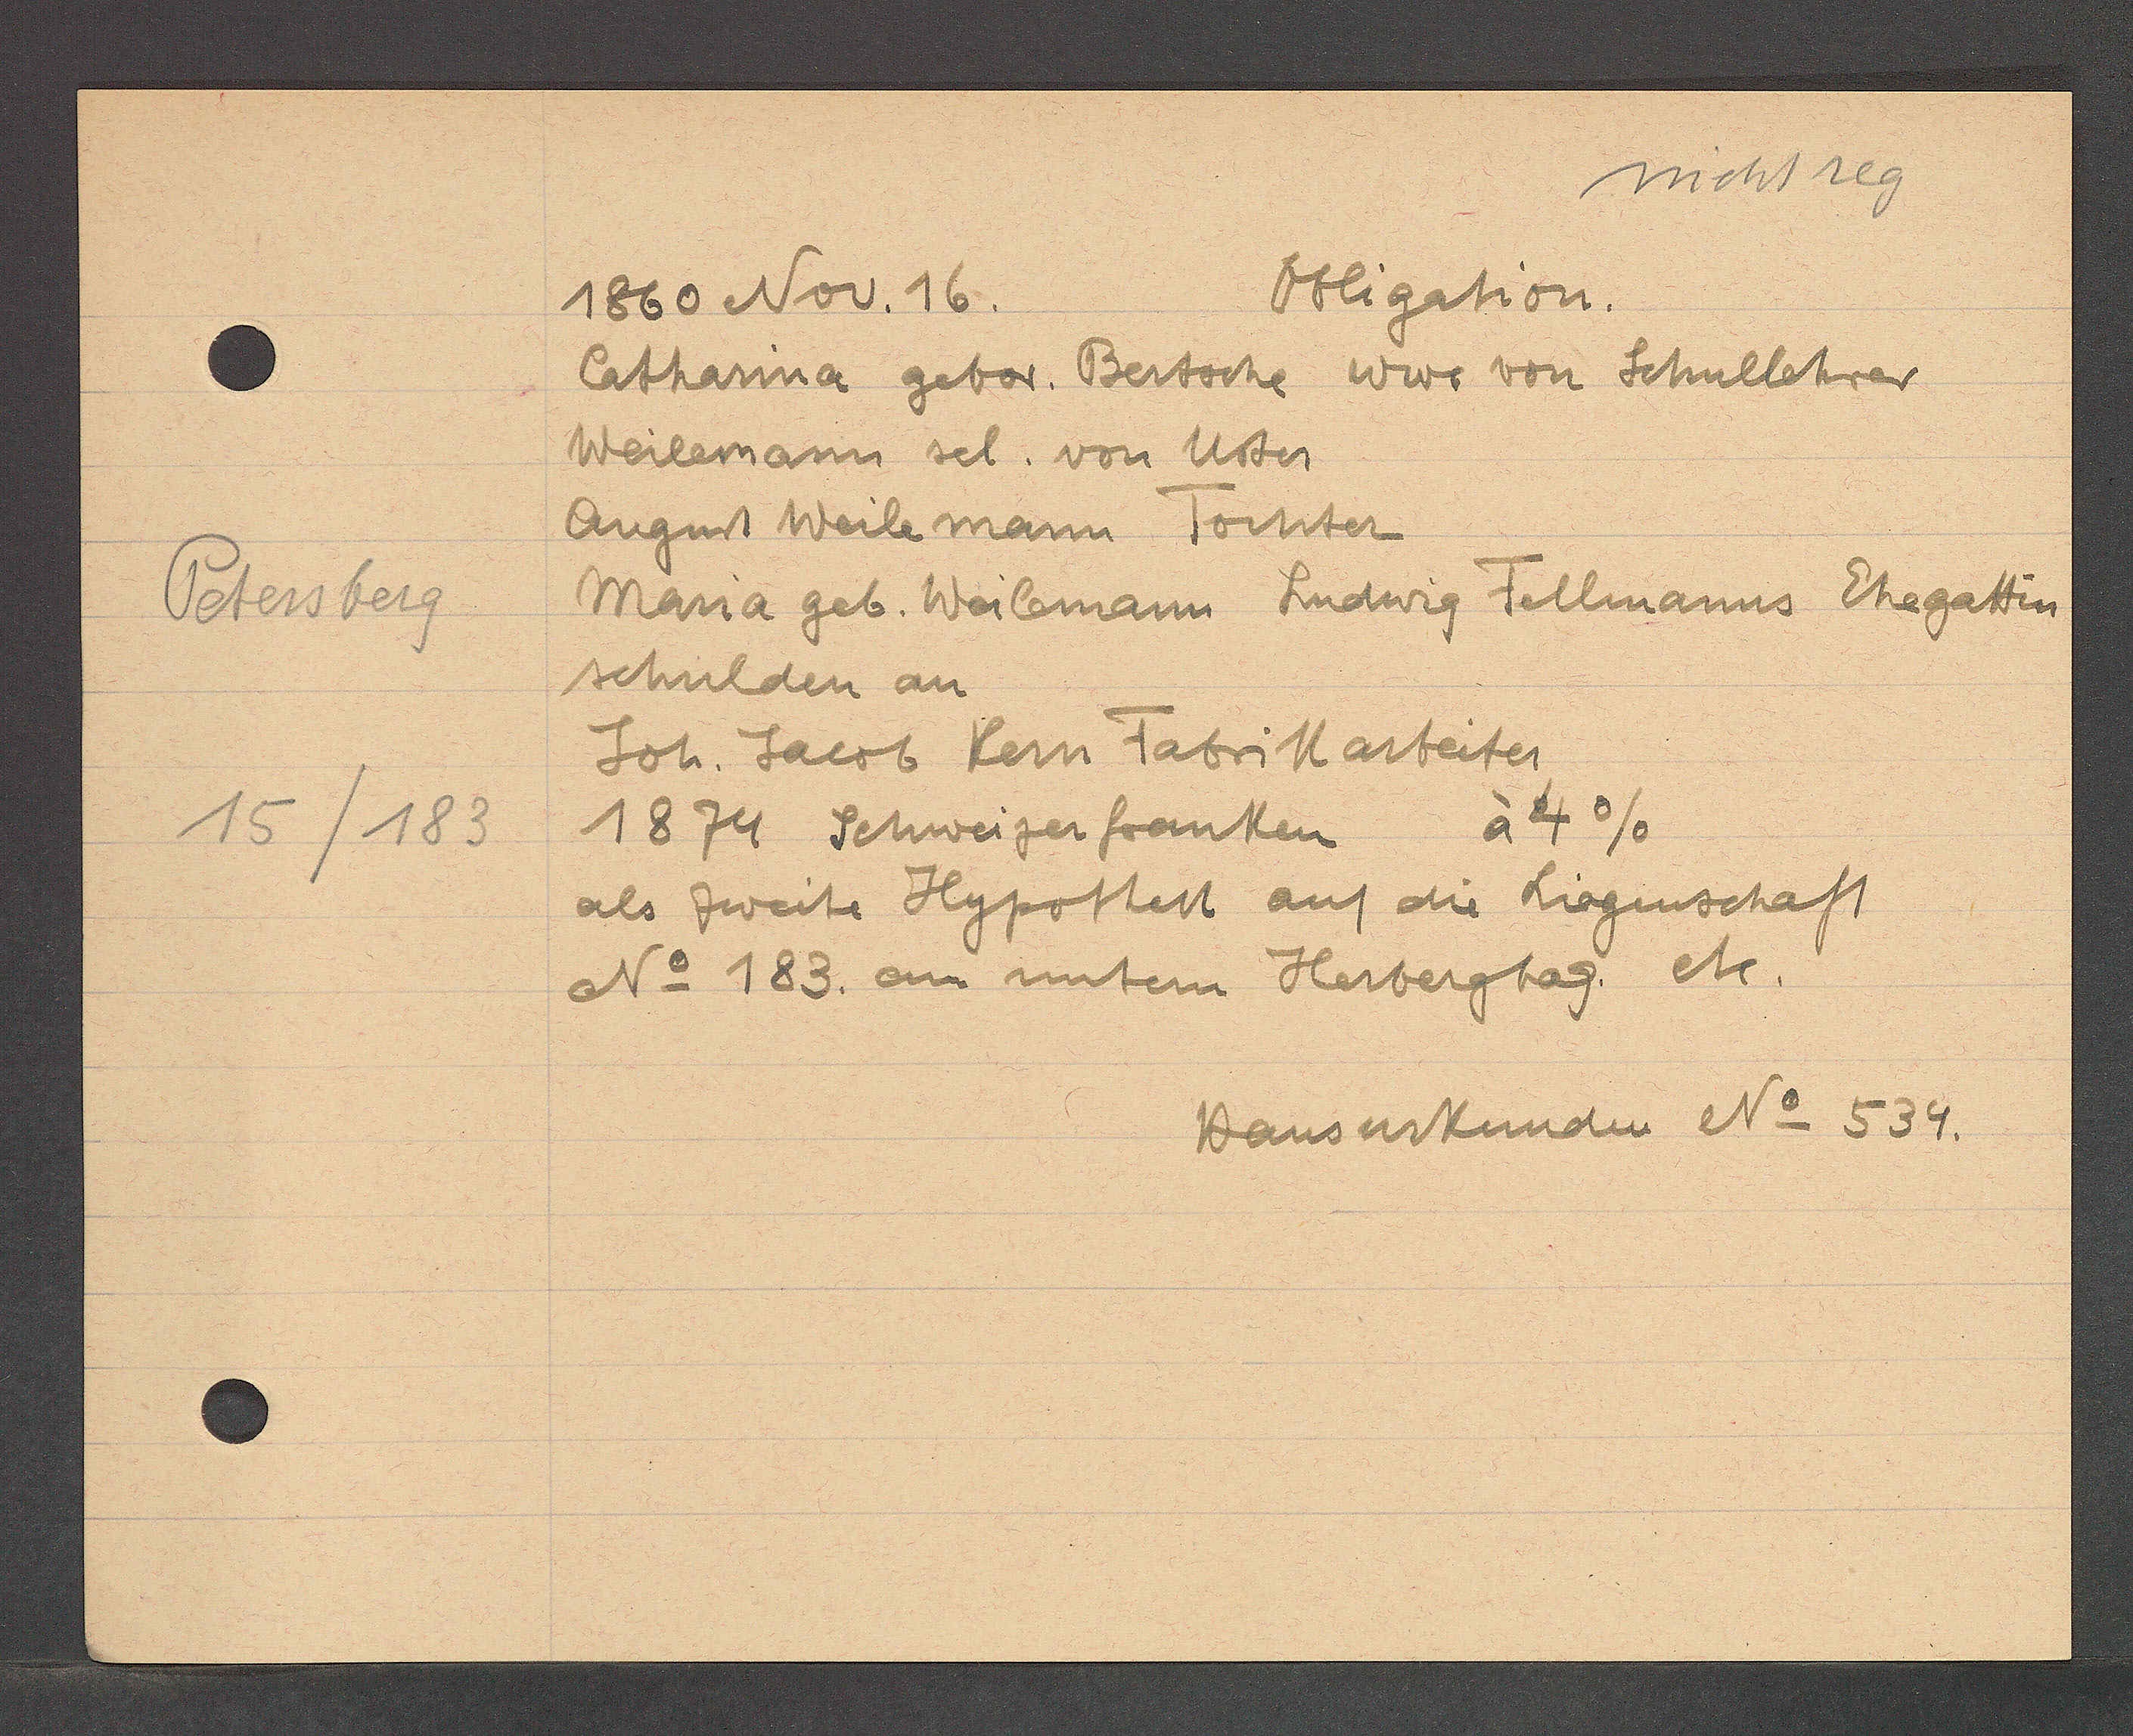
Transcript:
Petersberg
15/183

Obligation.
1860 Nov. 16.

Catharina gebor. Bertsche Wwe von Schullehrer
Weilemann sel. von Uster
August Weile mann Tochter
Maria geb. Weilemann Ludwig Fellmanns Ehegattin
schulden an
Joh. Jacob Kern Fabrikarbeiter
18 zu Schweizerfranken à 4%
als zweite Hypothek auf die Liegenschaft
No 183. an untern Herbergtag. etc.

Hausurkunden No 534.